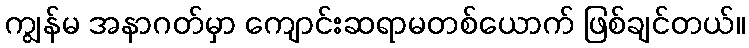
ကျွန်မ အနာဂတ်မှာ ကျောင်းဆရာမတစ်ယောက် ဖြစ်ချင်တယ်။